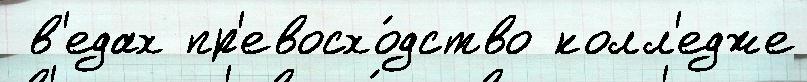
 в'едах пр'евосхо́дство колл'едже